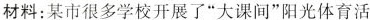
法材料：某市很多学校开展了”大课间”阳光体育活